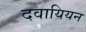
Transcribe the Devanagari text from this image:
दवायियन